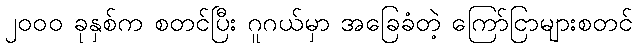
၂၀၀၀ ခုနှစ်က စတင်ပြီး ဂူဂယ်မှာ အခြေခံတဲ့ ကြော်ငြာများစတင်